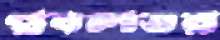
প্রবলতর